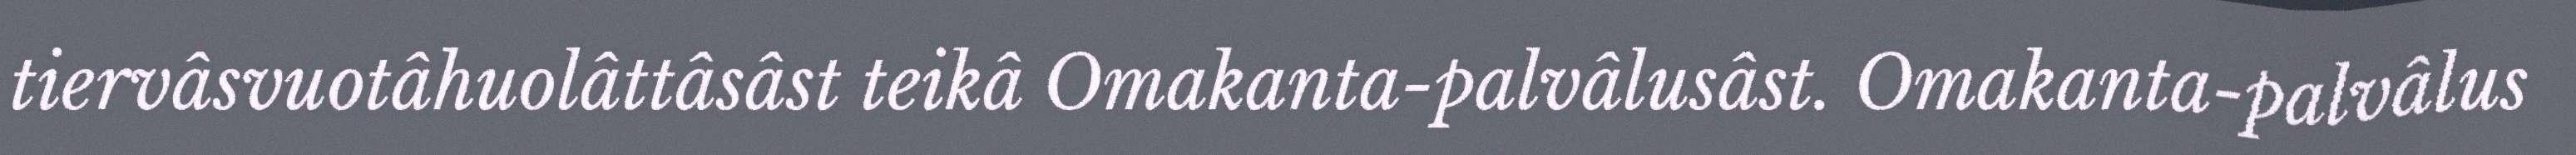
tiervâsvuotâhuolâttâsâst teikâ Omakanta-palvâlusâst. Omakanta-palvâlus